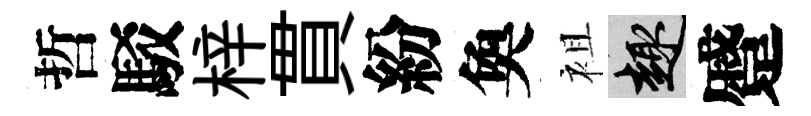
哲駁梓貫紛奐袓趣蹙